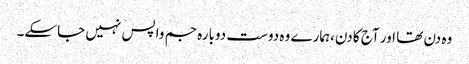
وہ دن تھا اور آج کا دن،ہمارے وہ دوست دوبارہ جم واپس نہیں جاسکے۔